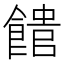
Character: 𩝡